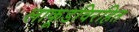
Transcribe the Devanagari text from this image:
लाकूडविरहित